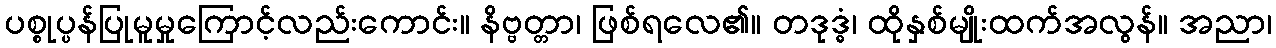
ပစ္စုပ္ပန်ပြုမူမှုကြောင့်လည်းကောင်း။ နိဗ္ဗတ္တာ၊ ဖြစ်ရလေ၏။ တဒုဒ္ဓံ၊ ထိုနှစ်မျိုးထက်အလွန်။ အညာ၊